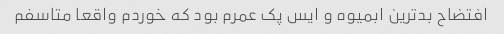
افتضاح بدترین ابمیوه و ایس پک عمرم بود که خوردم واقعا متاسفم